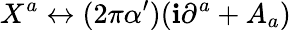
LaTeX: X^{a}\leftrightarrow(2\pi\alpha^{\prime})(\mathbf{i}\partial^{a}+A_{a})